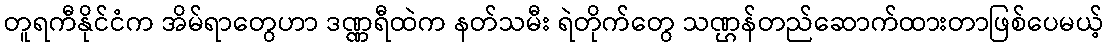
တူရကီနိုင်ငံက အိမ်ရာတွေဟာ ဒဏ္ဏရီထဲက နတ်သမီး ရဲတိုက်တွေ သဏ္ဌန်တည်ဆောက်ထားတာဖြစ်ပေမယ့်